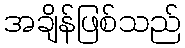
အချိန်ဖြစ်သည်